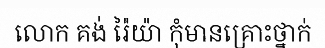
លោក គង់ រ៉ៃយ៉ា កុំមានគ្រោះថ្នាក់